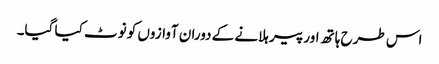
اس طرح ہاتھ اور پیر ہلانے کے دوران آوازوں کو نوٹ کیا گیا۔